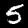
Label: 5